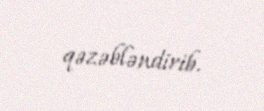
qəzəbləndirib.